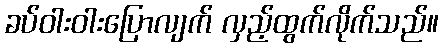
ခပ်ဝါးဝါးပြောလျက် လှည့်ထွက်လိုက်သည်။